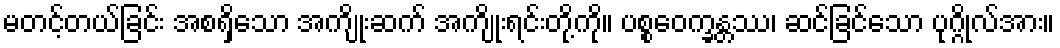
မတင့်တယ်ခြင်း အစရှိသော အကျိုးဆက် အကျိုးရင်းတို့ကို။ ပစ္စဝေက္ခန္တဿ၊ ဆင်ခြင်သော ပုဂ္ဂိုလ်အား။